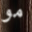
مو